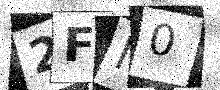
Text: 2FI0